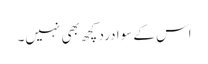
اس کے سوا درد کچھ بھی نہیں۔